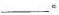
___。